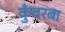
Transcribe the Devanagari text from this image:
कुँवरबा